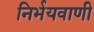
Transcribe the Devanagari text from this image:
निर्भयवाणी